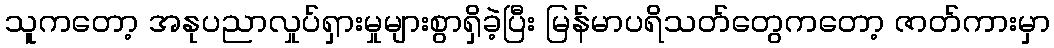
သူကတော့ အနုပညာလှုပ်ရှားမှုများစွာရှိခဲ့ပြီး မြန်မာပရိသတ်တွေကတော့ ဇာတ်ကားမှာ